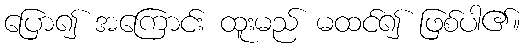
ပြော၍ အကြောင်း ထူးမည် မထင်၍ ဖြစ်ပါ၏။